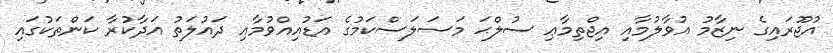
އުޖޫރައިގެ ނިޒާމު އުވާލުމާއި އިޖްތިމާޢި ސުލްޙަ މަސަލަސްކަމުގެ އަޑުއިއްވުމާއި ދައުލަތު އަދާކުރާ ކަންތަކުގައި